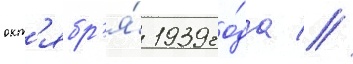
окт'ябр'я́ 1939 го́да //